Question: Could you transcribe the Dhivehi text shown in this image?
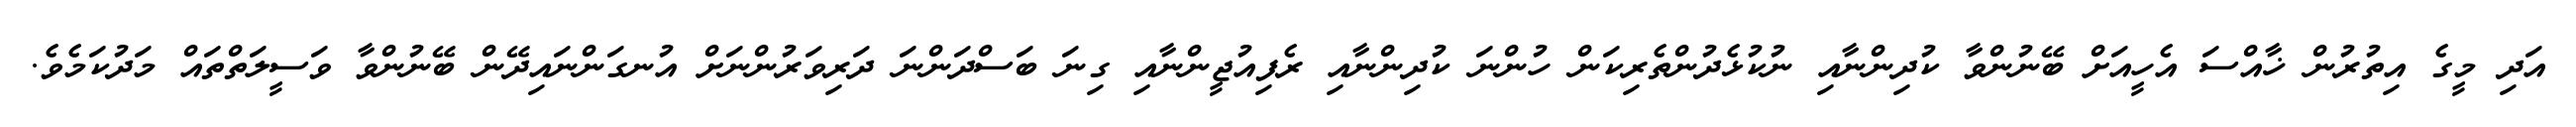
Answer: އަދި މީގެ އިތުރުން ޚާއްސަ އެހީއަށް ބޭނުންވާ ކުދިންނާއި ނުކުޅެދުންތެރިކަން ހުންނަ ކުދިންނާއި ރެފިއުޖީންނާއި ގިނަ ބަސްދަންނަ ދަރިވަރުންނަށް އުނގަންނައިދޭން ބޭނުންވާ ވަސީލަތްތައް މަދުކަމެވެ.